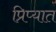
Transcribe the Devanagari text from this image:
प्रिप्यात